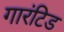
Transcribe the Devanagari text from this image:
गारंटिड